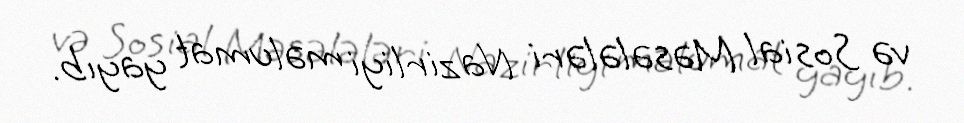
və Sosial Məsələləri Nazirliyi məlumat yayıb.